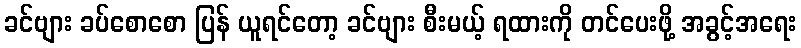
ခင်ဗျား ခပ်စောစော ပြန် ယူရင်တော့ ခင်ဗျား စီးမယ့် ရထားကို တင်ပေးဖို့ အခွင့်အရေး